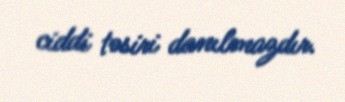
ciddi təsiri danılmazdır.